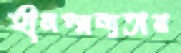
হীনম্মন্যতার